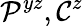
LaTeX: \mathcal{P}^{yz},\mathcal{C}^{z}